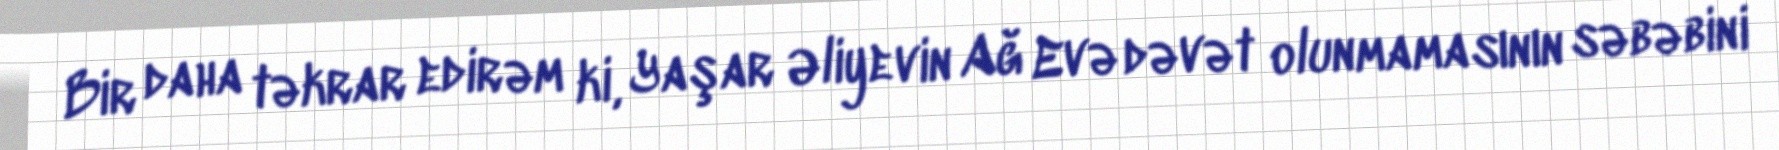
Bir daha təkrar edirəm ki, Yaşar Əliyevin Ağ Evə dəvət olunmamasının səbəbini